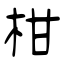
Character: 柑